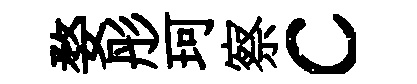
婺彤珂察c